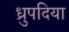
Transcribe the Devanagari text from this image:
ध्रुपदिया